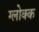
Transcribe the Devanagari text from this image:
ग्लोक्क